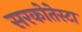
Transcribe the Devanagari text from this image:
सरकोतेस्टा